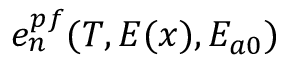
e _ { n } ^ { p f } ( T , E ( x ) , E _ { a 0 } )